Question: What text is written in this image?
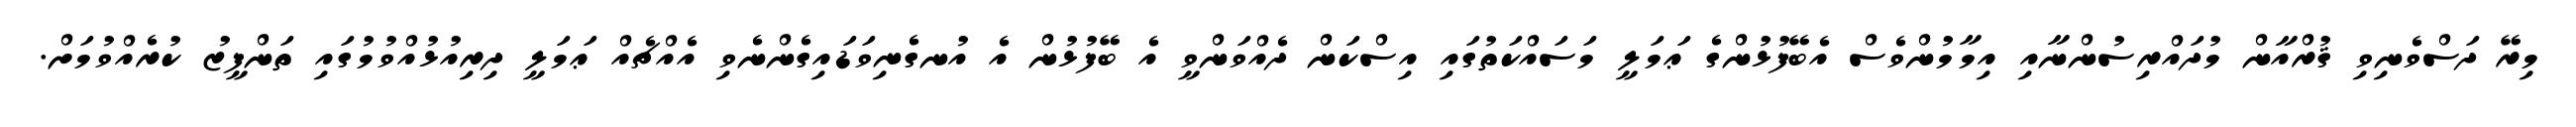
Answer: މިރޭ ދަސްވެނިވި ޤުރްއާން މުދައްރިސުންނާއި އިމާމުންވެސް އެބޭފުޅުންގެ ޢަމަލީ މަސައްކަތުގައި އިސްކަން ދެއްވަންވީ އެ ބޭފުޅުން އެ އުނގެނިވަޑައިގެންނެވި އެއްޗެއް ޢަމަލީ ދިރިއުޅުއްވުމުގައި ތަންފީޒު ކުރެއްވުމަށް.